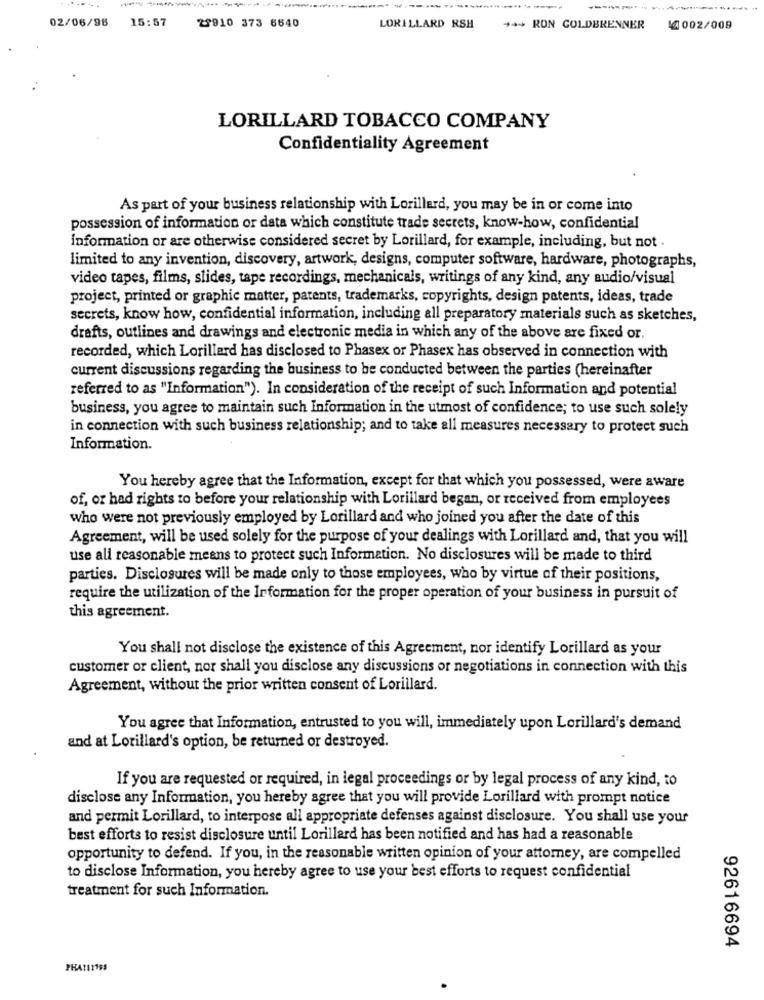
02/06/98
15:57
29910 373 6640
LORILLARD RSH
+4+ RON COLDBRENNER
44002/009
LORILLARD TOBACCO COMPANY
Confidentiality Agreement
As part of your business relationship with Lorillard, you may be in or come into
possession of information or data which constitute trade secrets, know-how, confidential
information or are otherwise considered secret by Lorillard, for example, including, but not .
limited to any invention, discovery, artwork, designs, computer software, hardware, photographs,
video tapes, films, slides, tape recordings, mechanicals, writings of any kind, any audio/visual
project, printed or graphic matter, patents, trademarks, copyrights, design patents, ideas, trade
secrets, know how, confidential information, including all preparatory materials such as sketches,
drafts, outlines and drawings and electronic media in which any of the above are fixed or.
recorded, which Lorillard has disclosed to Phasex or Phasex has observed in connection with
current discussions regarding the business to be conducted between the parties (hereinafter
referred to as "Information"). In consideration of the receipt of such Information and potential
business, you agree to maintain such Information in the utmost of confidence; to use such solely
in connection with such business relationship; and to take all measures necessary to protect such
Information.
You hereby agree that the Information, except for that which you possessed, were aware
of, or had rights to before your relationship with Lorillard began, or received from employees
who were not previously employed by Lorillard and who joined you after the date of this
Agreement, will be used solely for the purpose of your dealings with Lorillard and, that you will
use all reasonable means to protect such Information. No disclosures will be made to third
parties. Disclosures will be made only to those employees, who by virtue of their positions,
require the utilization of the Information for the proper operation of your business in pursuit of
this agreement.
You shall not disclose the existence of this Agreement, nor identify Lorillard as your
customer or client, nor shall you disclose any discussions or negotiations in connection with this
Agreement, without the prior written consent of Lorillard.
You agree that Information, entrusted to you will, immediately upon Lorillard's demand
and at Lorillard's option, be returned or destroyed.
If you are requested or required, in legal proceedings or by legal process of any kind, to
disclose any Information, you hereby agree that you will provide Lorillard with prompt notice
and permit Lorillard, to interpose all appropriate defenses against disclosure. You shall use your
best efforts to resist disclosure until Lorillard has been notified and has had a reasonable
opportunity to defend. If you, in the reasonable written opinion of your attorney, are compelled
to disclose Information, you hereby agree to use your best efforts to request confidential
treatment for such Information.
92616694
PHATIT'SS